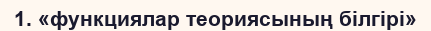
1. «функциялар теориясының білгірі»